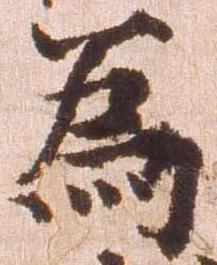
為